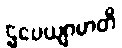
ဌပေယျာမာတိ